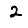
Digit: 2